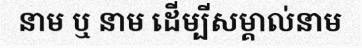
នាម ឬ នាម ដើម្បីសម្គាល់នាម